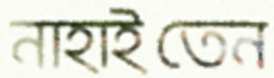
নাহাইতেন